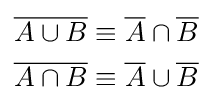
{\begin{aligned}{\overline {A\cup B}}&\equiv {\overline {A}}\cap {\overline {B}}\\{\overline {A\cap B}}&\equiv {\overline {A}}\cup {\overline {B}}\end{aligned}}